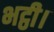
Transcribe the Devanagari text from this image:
भट्ठी।